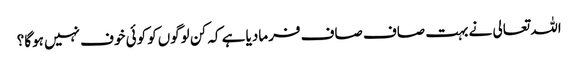
اللہ تعالی نے بہت صاف صاف فرمادیا ہے کہ کن لوگوں‌کو کوئی خوف نہیں‌ ہوگا؟